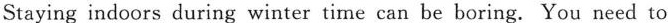
Staying indoors during winter time can be boring. You need to